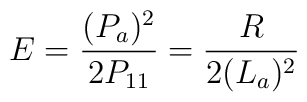
E=\frac {(P_a)^2}{2P_{11}}= \frac{R}{2(L_a)^2}